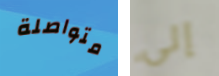
متواصلة إلى